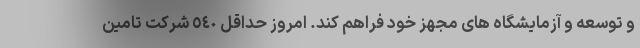
و توسعه و آزمایشگاه های مجهز خود فراهم کند. امروز حداقل ٥٤٠ شرکت تامین